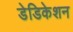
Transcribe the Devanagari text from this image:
डेडिकेशन